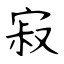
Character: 寂